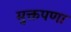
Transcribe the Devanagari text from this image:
मुक्तपणा